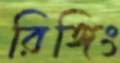
রিঙ্গিং